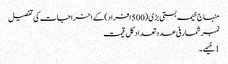
منہاج خیمہ بستی بڑی (500 افراد) کے اخراجات کی تفصیل
نمبرشمار فی عدد تعداد کل قیمت
1 خیمے ۔